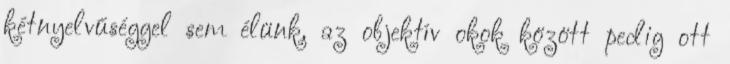
kétnyelvűséggel sem élünk, az objektív okok között pedig ott